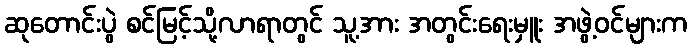
ဆုတောင်းပွဲ စင်မြင့်သို့လာရာတွင် သူ့အား အတွင်းရေးမှူး အဖွဲ့ဝင်များက